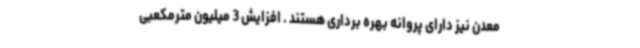
معدن نیز دارای پروانه بهره برداری هستند . افزایش 3 میلیون مترمکعبی